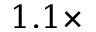
1 . 1 \times